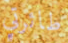
طائرتي